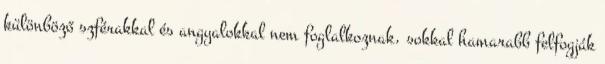
különböző szférakkal és angyalokkal nem foglalkoznak, sokkal hamarabb felfogják